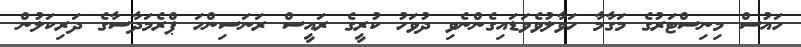
ހައުސް މިނިސްޓަރުގެ މަގާމާ ހަވާލުވެވަޑައިގެންނެވި ދުވަހު ކުރީގެ ރައީސް ރަނަސިންހަ ޕްރެމަދާސާގެ ދަރިކަލުން